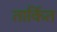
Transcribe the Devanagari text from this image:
तार्कित